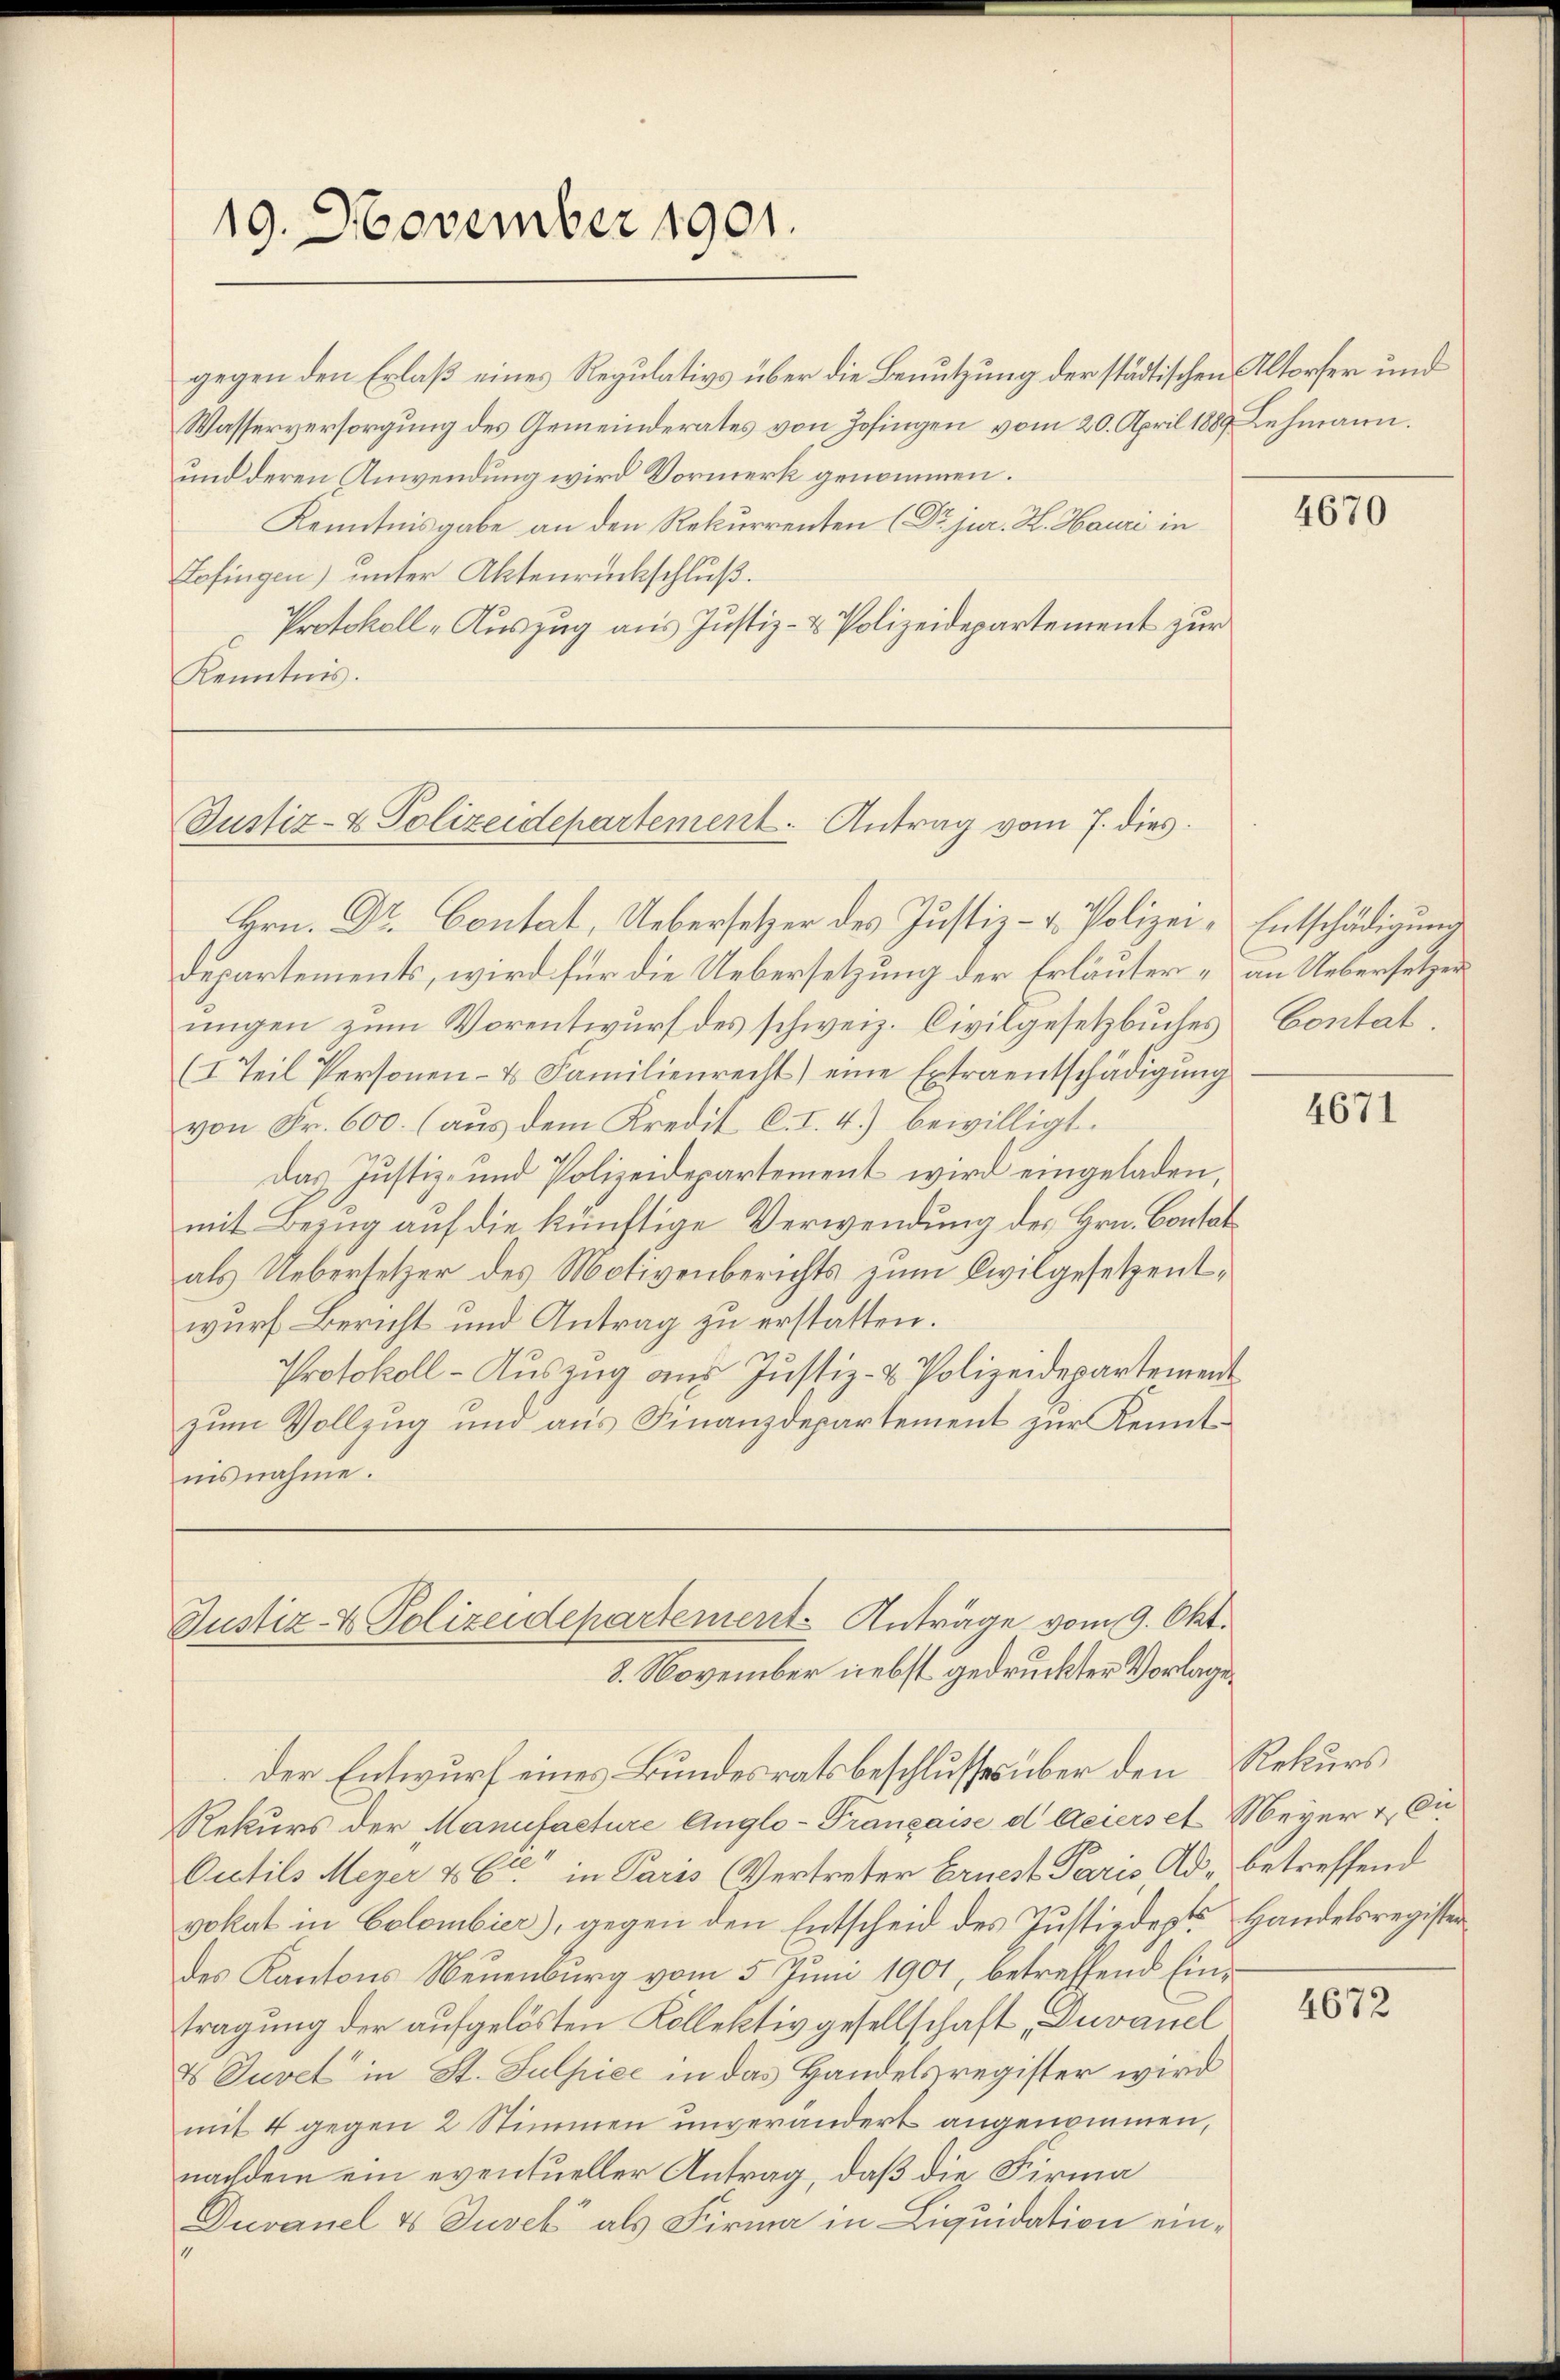
19. November 1901.

gegen den Erlaß eines Regulativs über die Benutzung der städtischen Altorfer und
Wasserversorgung des Gemeinderates von Zofingen vom 20. April 1889 Lehmann.
und deren Anwendung wird Vormerk genommen.
Kenntnisgabe an den Rekurrenten (Dr. jur. H. Hauri in
Zofingen) unter Aktenrückschluß.
Protokoll-Auszug aus Justiz- & Polizeidepartement zur
Kenntnis.

Justiz- & Polizeidepartement. Antrag vom 7. dies

Hrn. Dr. Contat, Uebersetzer des Justiz- & Polizei- Entschädigung
Departements, wird für die Uebersetzung der Erläuter - an Uebersetzer
ungen zum Vorentwurf des schweiz. Civilgesetzbuches
(I. Teil Personen- u Familienrecht) eine Extraentschädigŭng
von Fr. 600. (aus dem Kredit C. I. 4) bewilligt.
Das Justiz- und Polizeidepartement wird eingeladen,
mit Bezug auf die künftige Verwendung des Hrn. Contat
als Uebersetzer des Motivenberichts zum Civilgesetzentwurf Bericht und Antrag zu erstatten.
Protokoll - Auszug aus Justiz- & Polizeidepartement
zum Vollzug und aus Finanzdepartement zur Kenntnisnahme.

Justiz- & Polizeidepartement Antrage vom 9. Okt.
8. November nebst gedruckter Vorlage

der Entwurf eines Bundesratsbeschlusses über den Rekurs
Rekurs der Manufacture Anglo-Française d Meiers et Meyer & Cie
Outils Meyer & Cie in Paris Vertreter Ernest Paris Ad- betreffend
vokat in Colombier), gegen den Entscheid des Justizdepts Handelsregister
des Kantons Neuenburg vom 5. Juni 1901, betreffend Eintragung der aufgelösten Kollektivgesellschaft, Duvanel
& Juvet in St. Sulpiee in das Handelsregister wird
mit 4 gegen 2 Stimmen unverändert angenommen,
nachdem ein eventueller Antrag, daß die Firma
Duvanel 4 Jusek als Firma in Liquidation ein¬

4670

Contal

4671

4672